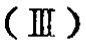
$(\text{III})$